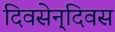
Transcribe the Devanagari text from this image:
दिवसेन्‌दिवस